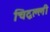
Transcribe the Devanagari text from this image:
चिद्वल्ली